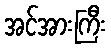
အင်အားကြီး